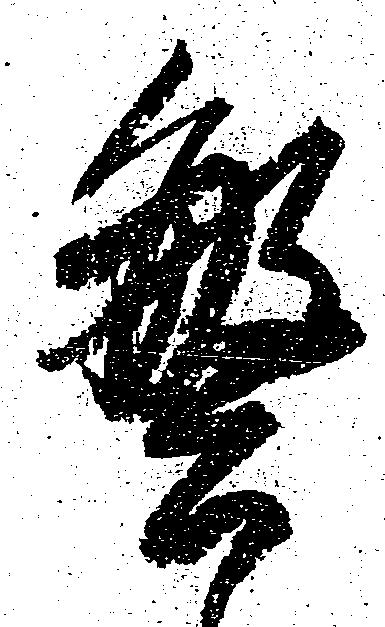
繁